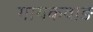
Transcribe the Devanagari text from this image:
गायकवाङ